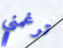
ترغمني